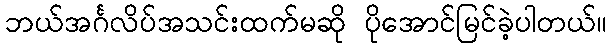
ဘယ်အင်္ဂလိပ်အသင်းထက်မဆို ပိုအောင်မြင်ခဲ့ပါတယ်။